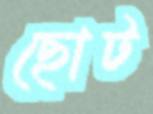
ছোট